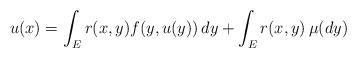
LaTeX: \begin{align*} u(x)=\int_E r(x,y)f(y,u(y))\,dy+\int_Er(x,y)\,\mu(dy)\end{align*}